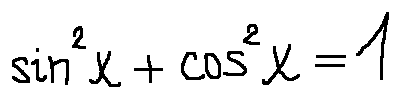
\sin ^ { 2 } x + \cos ^ { 2 } x = 1